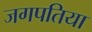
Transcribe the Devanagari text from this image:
जगपतिया